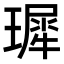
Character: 𪼟